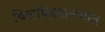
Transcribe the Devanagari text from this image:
विश्वविद्दयालयात